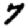
Digit: 7